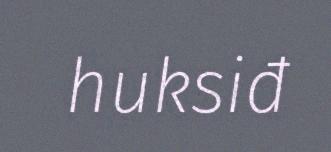
huksiđ